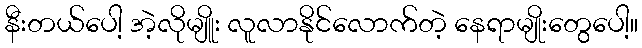
နီးတယ်ပေါ့ အဲ့လိုမျိူး လူလာနိုင်လောက်တဲ့ နေရာမျိုးတွေပေါ့။